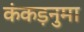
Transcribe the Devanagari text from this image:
कंकड़नुमा